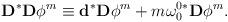
LaTeX: \begin{align*}\mathbf{D}^{\ast }\mathbf{D}\phi ^{m}\equiv \mathbf{d}^{\ast }\mathbf{D}\phi^{m}+m\mathbf{\omega }_{0}^{0\ast }\mathbf{D}\phi ^{m}.\end{align*}